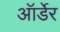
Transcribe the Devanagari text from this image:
ऑर्डेर